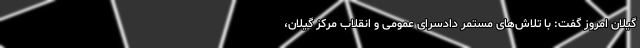
گیلان امروز گفت: با تلاش‌های مستمر دادسرای عمومی و انقلاب مرکز گیلان،